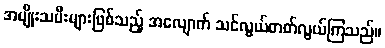
အမျိုးသမီးများဖြစ်သည့် အလျောက် သင်လွယ်တတ်လွယ်ကြသည်။